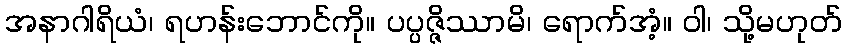
အနာဂါရိယံ၊ ရဟန်းဘောင်ကို။ ပပ္ပဇ္ဇိဿာမိ၊ ရောက်အံ့။ ဝါ၊ သို့မဟုတ်